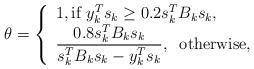
LaTeX: \begin{align*}\theta=\left\{\begin{array}{l}1,\mbox{if} \ y_k^Ts_k\geq 0.2s_k^TB_ks_k,\\\displaystyle \frac{0.8s_k^TB_ks_k}{s_k^TB_ks_k-y_k^Ts_k}, \;\; \mbox{otherwise},\end{array}\right.\end{align*}